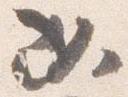
必